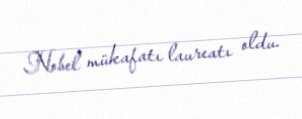
Nobel mükafatı laureatı oldu.